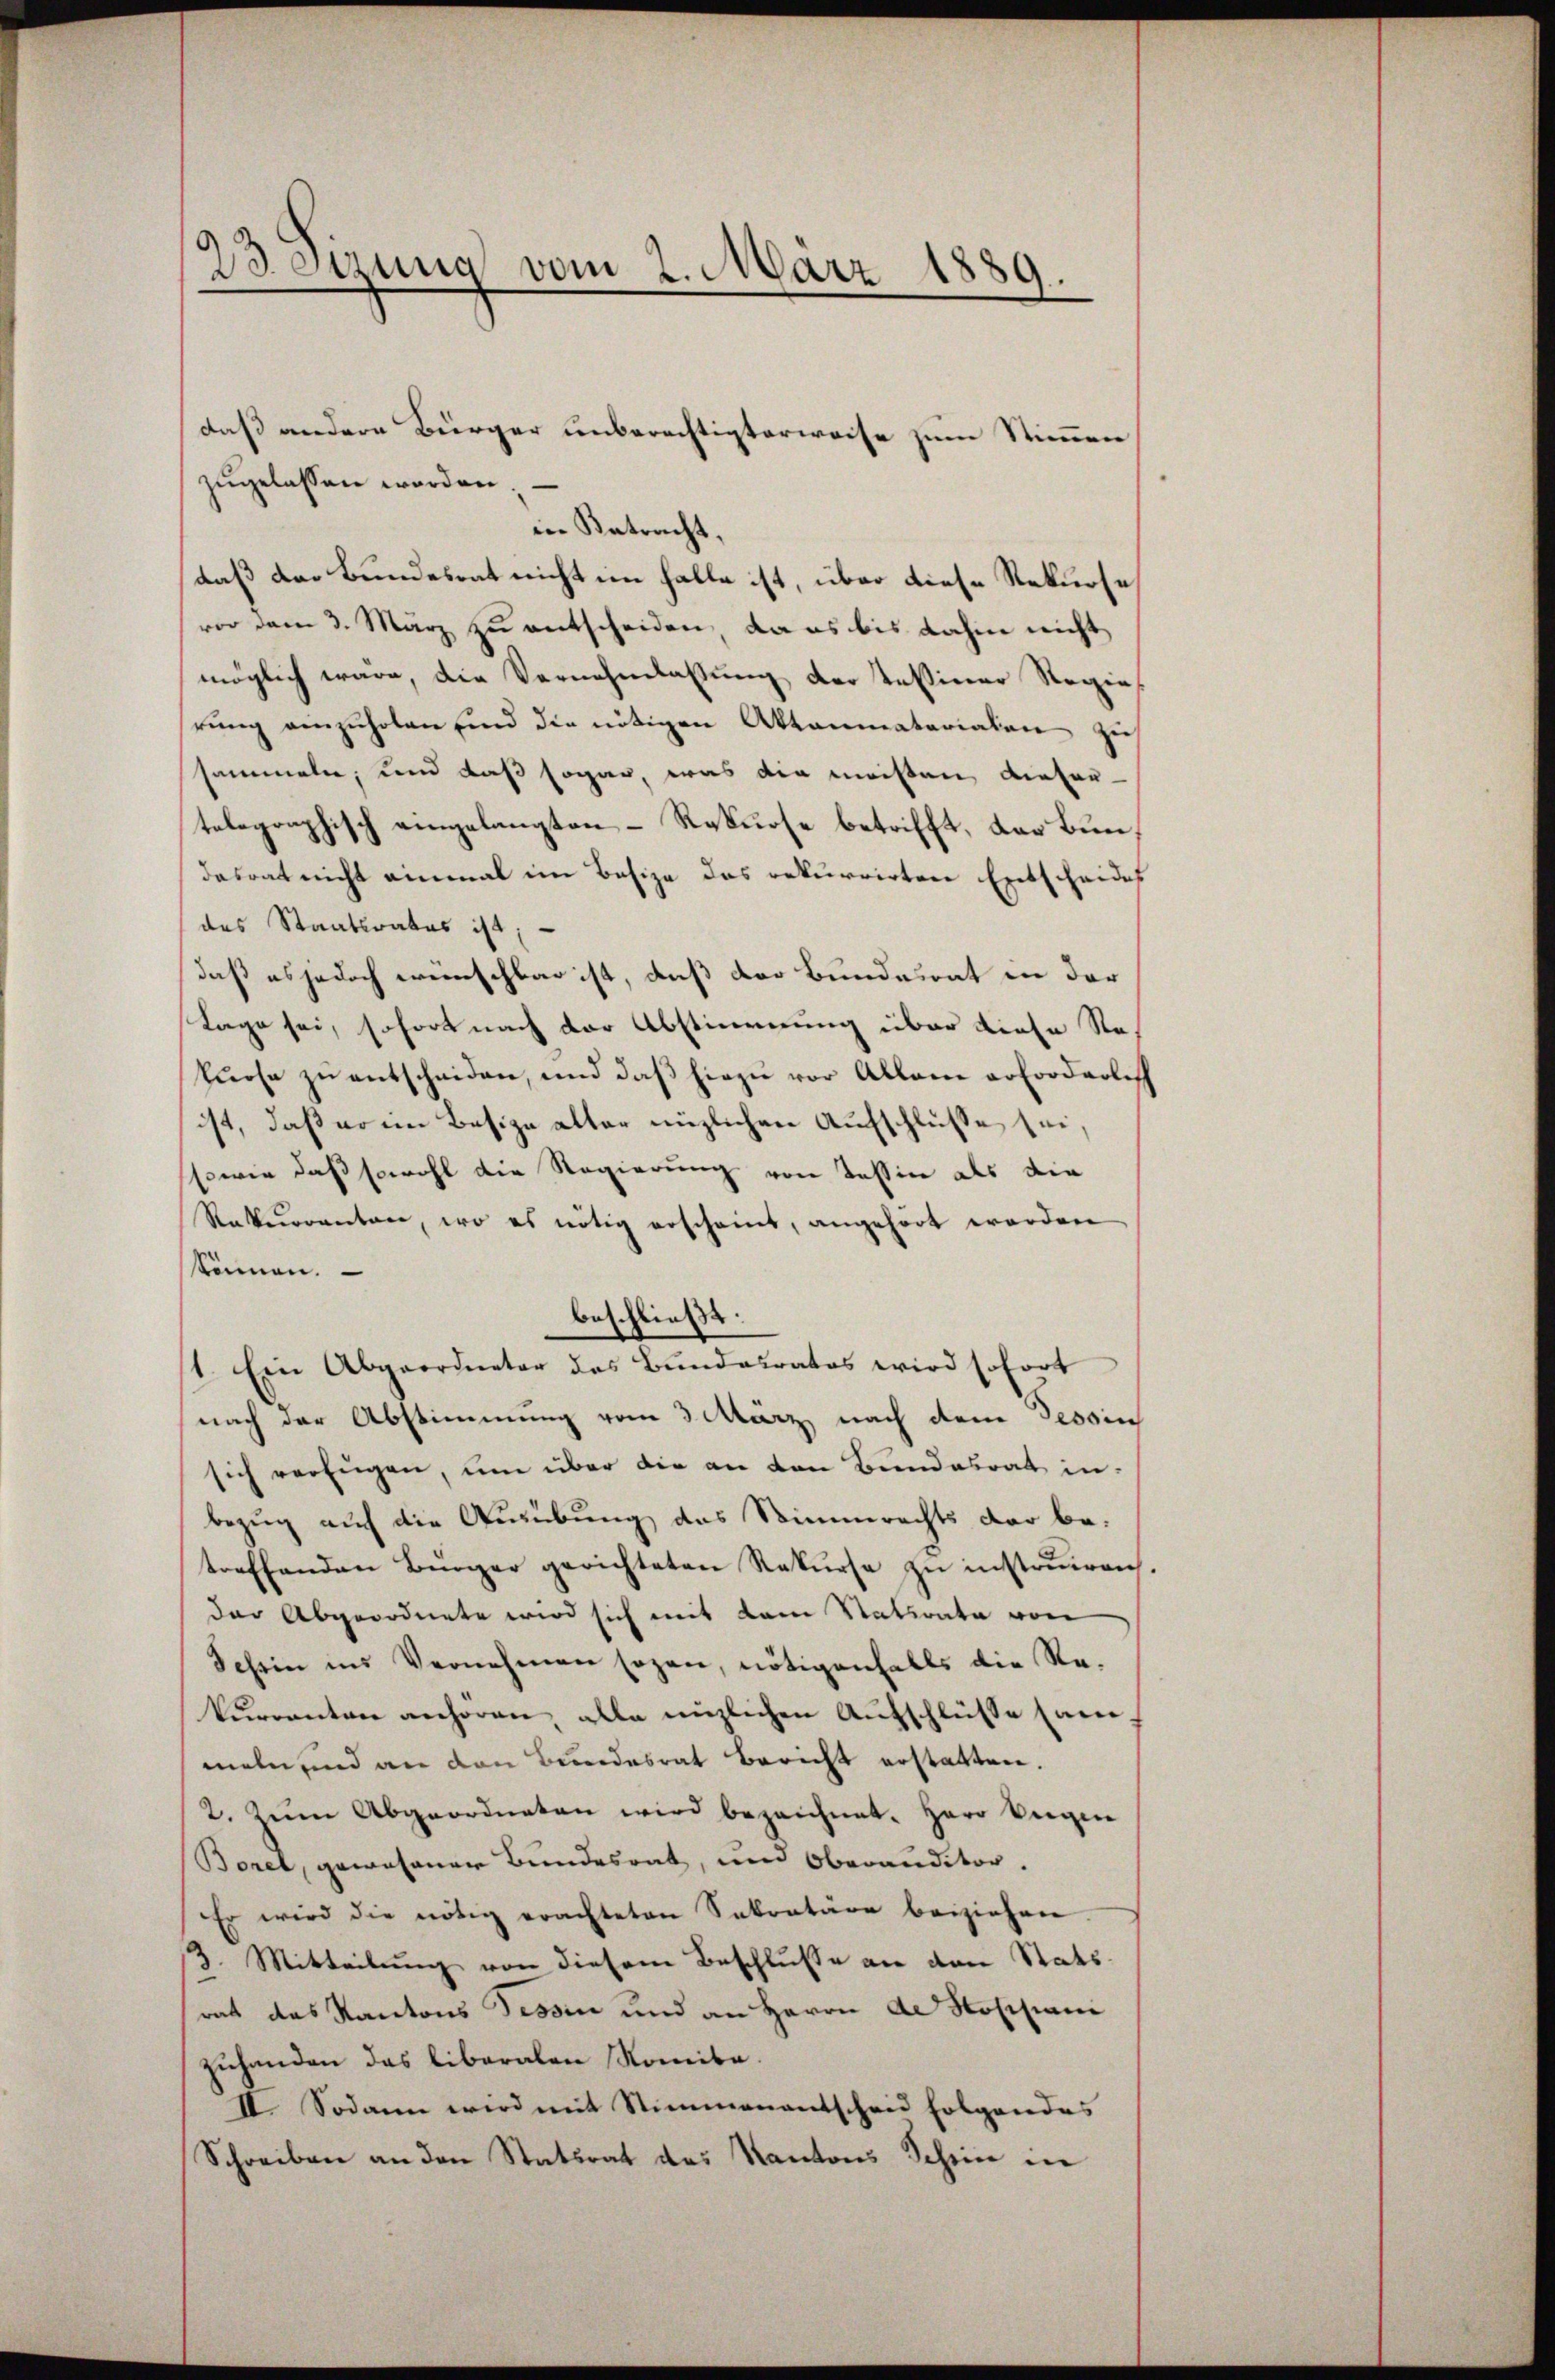
23 Sizung vom 2. März 1889.

zugelassen worden.
in Betracht,
daß das Bundesrat nicht im halte ist, über diese Rekurse
vor dem 3. März zu entscheiden, da es bis dahin nicht
möglich wäre, die Vernehmlassung der Tessiner Regier
rung einzuholen sind die nötigen Aktaumaterialen zu
sammeln, und daß sogar, was die meisten dieser-
tolographisch eingelangten Rekurse betrifft, das Bundesrat nicht einmal im Besize das rekurrirten Entscheides
des Staatsrates ist,
daß es jedoch wünschbar ist, daß der Bundesrat in der
Tage sei, sofort nach der Abstimmung über diese Re-
kurse zu entscheiden, und daß hiezu vor Allem erforderlich
ist, daß er im Besize alter nüzlichen Aufschlüße sei,
sowie daß sowohl die Regierung von Tessin als die
Rekurrenten, wo es nötig erscheint, angehört werden
kkönnen.
beschließt:
1. Ein Abgeordneter das Bundeuratos wird sofort
nach der Abstimmung vom 3. März nach dem Tessin
sich verfügen, um über die an den Bundesrat in
bezug auf die Ausübung das Stimmrechts der betreffenden Bürger gerichteten Rekurse zu instruiren
der Abgeordnete wird sich mit dem Statirate von
Schein ins Vernehmen sogen, nötigenfalls die Re-
kurrenten anhören, alle nüzlichen Aufschlüsse sammeln und an den Bundesrat Bericht erstatten.
2. Zum Abgeordneten wird bezeichnet. Herr Segen
Borel, gewesener Bundesrat, und Oberanditor.
Er wird die nötig erachteten Sekretäre beiziehen.
3. Mitteilung von diesem Beschluße an den Statsrat das Kantons Tessin und an Herrn de Nossiani
zuhanden das liberalen Romita.
II. Sodann wird mit Stimmenantscheid folgendes
Schreiben an den Statsrat des Kantons Schein in

daß andere Bürger unberechtigterweise zum Stimmen